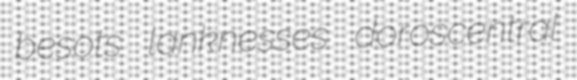
besots lanknesses doroscentral